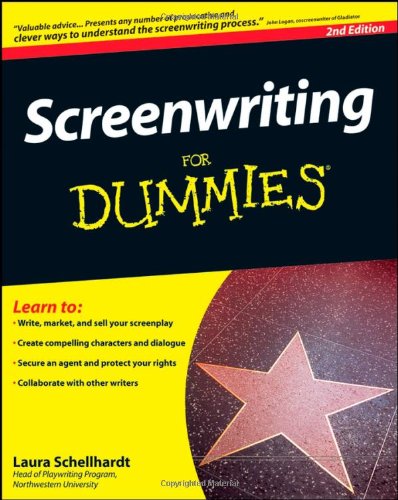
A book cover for Screenwriting For Dummies; Laura Schellhardt; Humor & Entertainment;